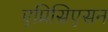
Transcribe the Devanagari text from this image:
एप्रिसिएसन